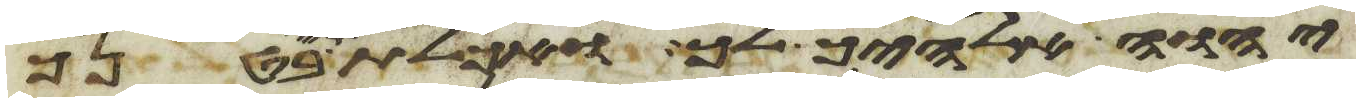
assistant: יהוה אלהיך לך ואכלת פרי בטנך